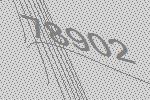
78902